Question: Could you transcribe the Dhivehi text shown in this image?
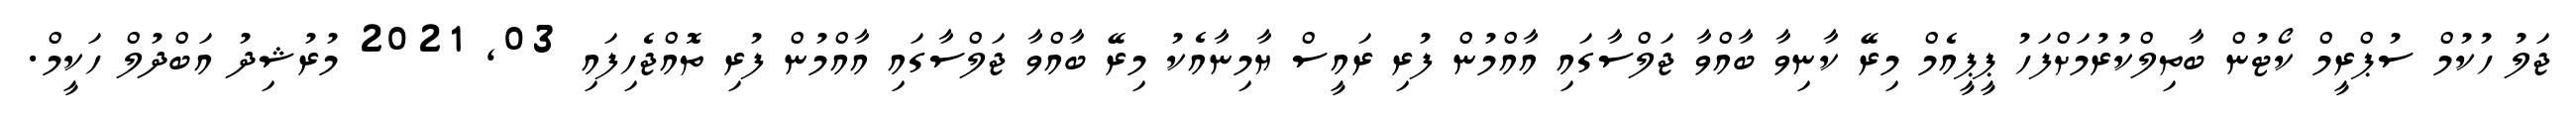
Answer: ޖަލު ހުކުމް ސުޕްރީމް ކޯޓުން ބާތިލްކުރުމަށްފަހު ޕީޕީއެމް މިރޭ ކާނިވާ ބާއްވާ ޖަލްސާގައި އާއްމުން ފުރި ރައީސް ޔާމިނާއެކު މިރޭ ބާއްވާ ޖަލްސާގައި އާއްމުން ފުރި ތޮއްޖެހިފައި 03, 2021 މުރުޝިދު އަބްދުލް ހަކީމް.